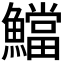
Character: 𩼉